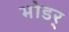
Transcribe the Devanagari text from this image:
भोडर्